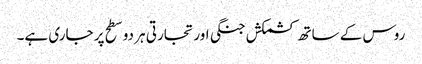
روس کے ساتھ کشمکش جنگی اور تجارتی ہر دو سطح پر جاری ہے۔